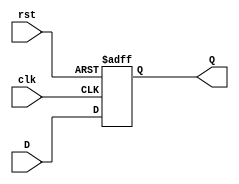
`timescale 1ns / 1ps
//////////////////////////////////////////////////////////////////////////////////
// Assignment: 05
// Engineeer: Parth Jindal, Pranav Rajput Group 024
// Module Name: DFF 
//////////////////////////////////////////////////////////////////////////////////
module DFF(Q, D, clk, rst);
	input D, clk, rst;
	output reg Q;
	always @(posedge clk or posedge rst)
	begin
		if(rst)
			Q <= 0;
		else
			Q <= D;
	end
endmodule